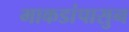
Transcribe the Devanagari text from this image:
माकडांपासुन